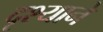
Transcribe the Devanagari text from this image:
दृश्याने